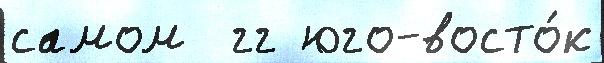
самом  гг юго-восто́к